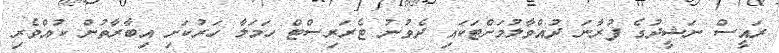
ރައީސް ނަޝީދުގެ ފުރާނަ ދުއްވާލުމަށްޓަކައި ދެވުނު ޓެރަރިސްޓް ހަމަލާ ހަރުކަށި އިބާރާތުން ކުއްވެރި